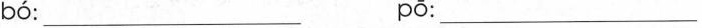
bó ：___ pō ：___